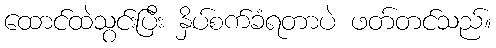
ထောင်ထဲသွင်းပြီး နှိပ်စက်ခံရတာပဲ ဖတ်တင်သည်။